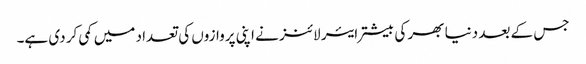
جس کے بعد دنیا بھر کی بیشتر ایئر لائنز نے اپنی پروازوں کی تعداد میں کمی کر دی ہے۔